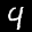
Label: 4